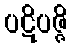
ပဋိပဇ္ဇိ